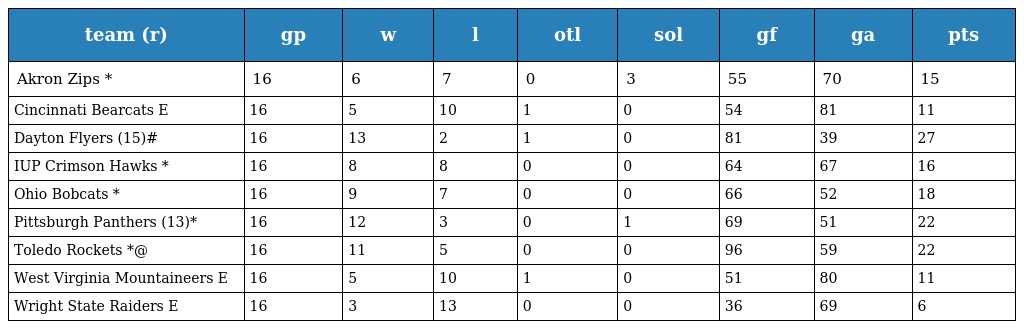
| team (r) | gp | w | l | otl | sol | gf | ga | pts |
 | --- | --- | --- | --- | --- | --- | --- | --- | --- |
 | Akron Zips * | 16 | 6 | 7 | 0 | 3 | 55 | 70 | 15 |
 | Cincinnati Bearcats E | 16 | 5 | 10 | 1 | 0 | 54 | 81 | 11 |
 | Dayton Flyers (15)# | 16 | 13 | 2 | 1 | 0 | 81 | 39 | 27 |
 | IUP Crimson Hawks * | 16 | 8 | 8 | 0 | 0 | 64 | 67 | 16 |
 | Ohio Bobcats * | 16 | 9 | 7 | 0 | 0 | 66 | 52 | 18 |
 | Pittsburgh Panthers (13)* | 16 | 12 | 3 | 0 | 1 | 69 | 51 | 22 |
 | Toledo Rockets *@ | 16 | 11 | 5 | 0 | 0 | 96 | 59 | 22 |
 | West Virginia Mountaineers E | 16 | 5 | 10 | 1 | 0 | 51 | 80 | 11 |
 | Wright State Raiders E | 16 | 3 | 13 | 0 | 0 | 36 | 69 | 6 |